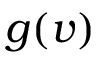
g ( v )